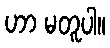
ဟာ မတူပါ။